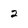
Character: 2